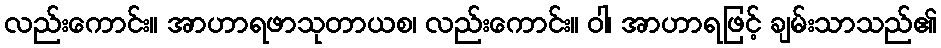
လည်းကောင်း။ အာဟာရဖာသုတာယစ၊ လည်းကောင်း။ ဝါ၊ အာဟာရဖြင့် ချမ်းသာသည်၏